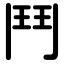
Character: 鬥